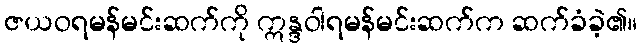
ဇယဝရမန်မင်းဆက်ကို ဣန္ဒဝါရမန်မင်းဆက်က ဆက်ခံခဲ့၏။